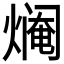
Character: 𱬍